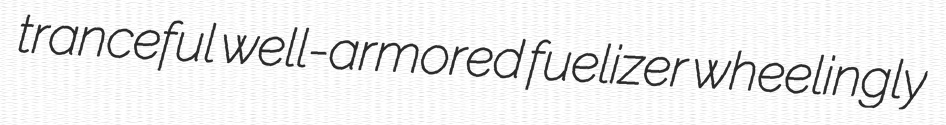
tranceful well-armored fuelizer wheelingly